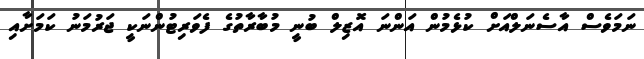
ނަމަވެސް އާސެނަލްއަށް ކުޅެމުން އަންނަ އޮޒިލް ބުނީ މުބާރާތުގެ ފެވަރިޓުންނަކީ ޖަރުމަނު ކަމަށާއި